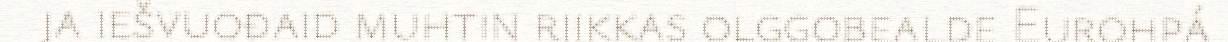
ja iešvuođaid muhtin riikkas olggobealde Eurohpá